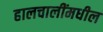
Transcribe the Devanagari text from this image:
हालचालींमधील